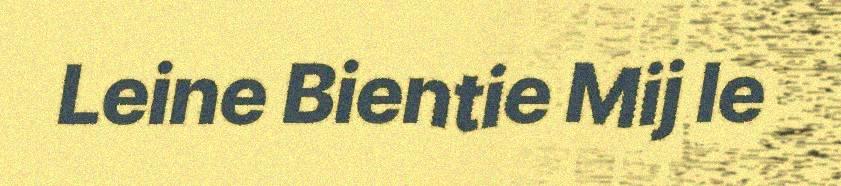
Leine Bientie Mij le